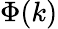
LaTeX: \Phi(k)